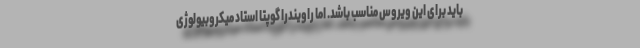
باید برای این ویروس مناسب باشد. اما راویندرا گوپتا استاد میکروبیولوژی